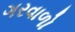
ગરવાળો